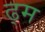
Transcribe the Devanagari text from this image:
ढ्म